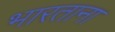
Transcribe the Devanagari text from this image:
भारताना